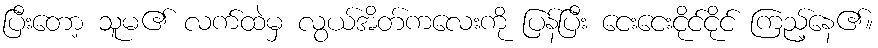
ပြီးတော့ သူမ၏ လက်ထဲမှ လွယ်အိတ်ကလေးကို ပြန်ပြီး ငေးငေးငိုင်ငိုင် ကြည့်နေ၏။